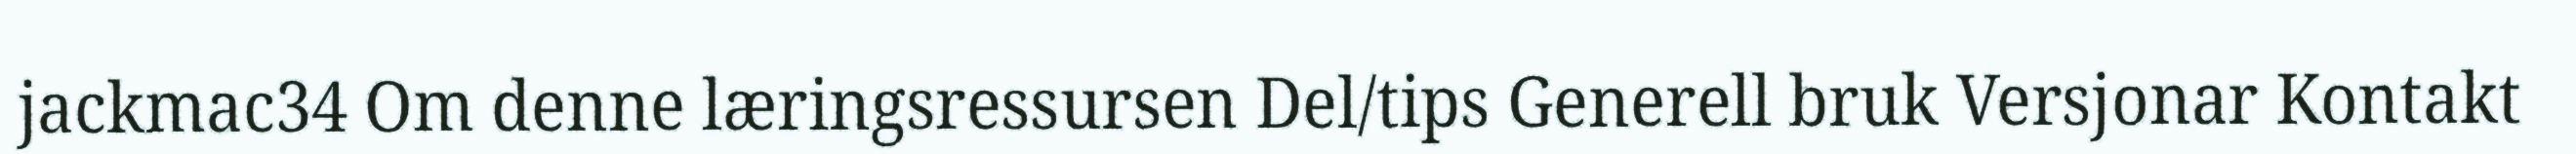
jackmac34 Om denne læringsressursen Del/tips Generell bruk Versjonar Kontakt